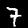
Digit: 7